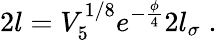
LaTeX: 2l=V_{5}^{1/8}e^{-\frac{\phi}{4}}2l_{\sigma}\; .